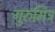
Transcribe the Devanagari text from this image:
गुरुमित्र